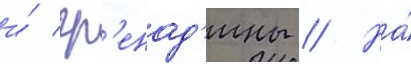
и́ гр'енад'ины // На́